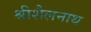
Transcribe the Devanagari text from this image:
श्रीशैलनाथ